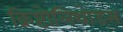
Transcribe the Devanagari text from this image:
क्रिष्टोलिथोड्स